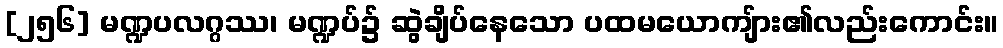
[၂၅၆] မဏ္ဍပလဂ္ဂဿ၊ မဏ္ဍပ်၌ ဆွဲချိပ်နေသော ပထမယောကျ်ား၏လည်းကောင်း။